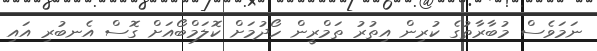
ނަމަވެސް މުބާރާތުގެ ކުރިން އިތުރު ތަމްރީން ހޯދުމަށް ކޮލަމްބޯއަށް ގޮސް އެނބުރި އައި